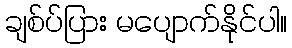
ချစ်ပ်ပြား မပျောက်နိုင်ပါ။